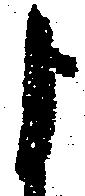
よ